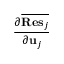
\frac { \partial \overline { { { \bf { R e s } } _ { j } } } } { \partial { \bf u } _ { j } }